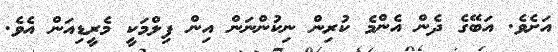
އަށެވެ. އަބޭގެ ދެން އެންމެ ކުރިން ނިކުންނަން އިން ފިލްމަކީ މެރީޑިއަން އެވެ.